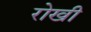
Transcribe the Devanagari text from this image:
रोखी